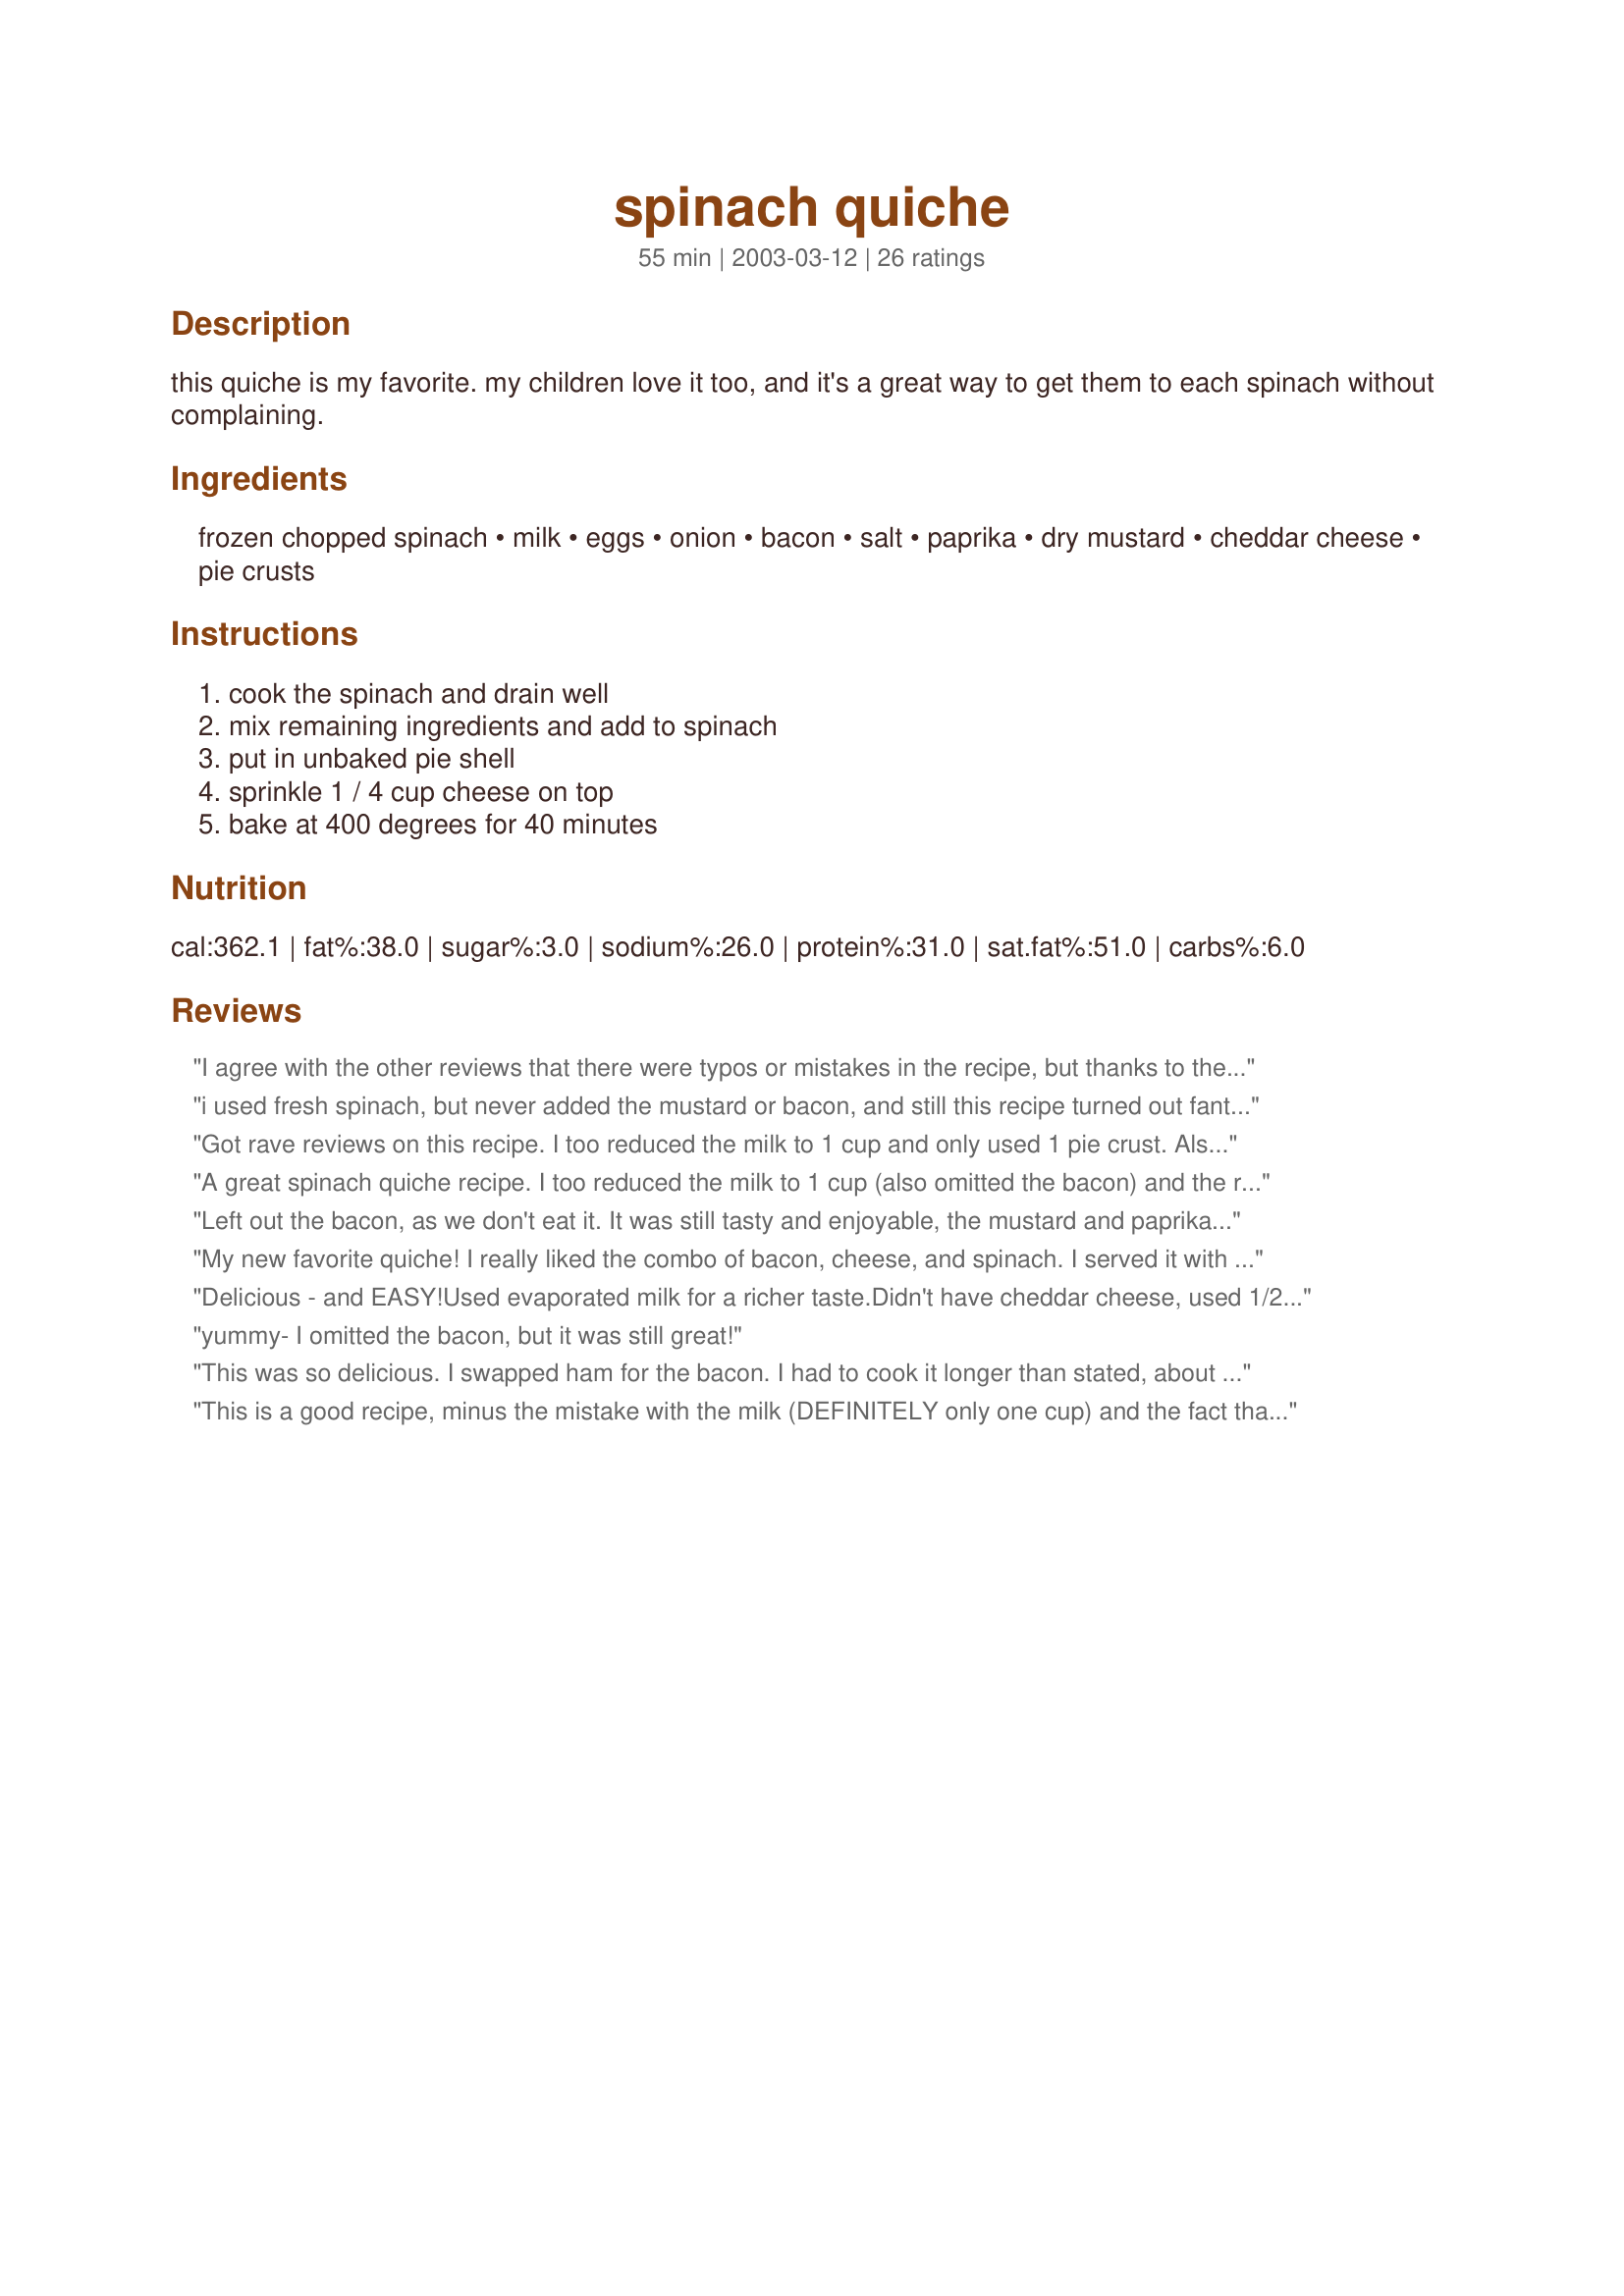
spinach quiche
Preparation time: 55 minutes

this quiche is my favorite. my children love it too, and it's a great way to get them to each spinach without complaining.

Ingredients:
frozen chopped spinach, milk, eggs, onion, bacon, salt, paprika, dry mustard, cheddar cheese, pie crusts

Steps:
cook the spinach and drain well, mix remaining ingredients and add to spinach, put in unbaked pie shell, sprinkle 1 / 4 cup cheese on top, bake at 400 degrees for 40 minutes

Reviews:
I agree with the other reviews that there were typos or mistakes in the recipe, but thanks to them, I caught it in time to make this recipe turn out great. I used medium cheddar for the filling, and sprinkled swiss cheese on top. It's simple and delicious, would make a great brunch. Just to be clear, you need one cup of milk instead of two, and this only fills one pie crust, not two.
i used fresh spinach, but never added the mustard or bacon, and still this recipe turned out fantastic, my 6 and 4 year old were both asking for more, which was suprising as they would never eat spinach before, so thank-you. will definatly be using this again.
Got rave reviews on this recipe. I too reduced the milk to 1 cup and only used 1 pie crust. Also, mixed 1/2 cup chedder with 1/2 cup mozzarella to cover the cheese ingredient. Did make sure I squeezed all water out of spinach and all turned out great! Kids who never eat spinach even ate it and loved!
A great spinach quiche recipe. I too reduced the milk to 1 cup (also omitted the bacon) and the recipe came out just fine. Thanks for posting, DJB! :)
Left out the bacon, as we don't eat it. It was still tasty and enjoyable, the mustard and paprika gave it a bit of zip.
My new favorite quiche! I really liked the combo of bacon, cheese, and spinach. I served it with a spinach salad and it made a great late night supper. I think it would be wonderful for a brunch, lunch, or breakfast as well. Instead of using all cheddar cheese, I did use mostly sharp cheddar and filled in with a little Swiss that I had left over. It did seem just a tad too salty though. That could be due to the type of cheese I used or maybe my bacon was too salty. Also, the crust did seem to brown a little too much but that may be due to my oven (which heats a little higher than it should). Next time I think I will use a mild cheddar, I&#039;ll set the oven at 375 and check it at 30 and 35 minutes.
Delicious - and EASY!<br/><br/>Used evaporated milk for a richer taste.<br/><br/>Didn't have cheddar cheese, used 1/2 mozzarella and 1/2 colby jack with about 1/4 C parmesan
yummy- I omitted the bacon, but it was still great!
This was so delicious. I swapped ham for the bacon. I had to cook it longer than stated, about 2o minutes more, and used fresh spinach. The flavor was wonderful. Thanks
This is a good recipe, minus the mistake with the milk (DEFINITELY only one cup) and the fact that it really fills in one pie crust. I accidentally left out the bacon, and it was still really good. Even my husband liked it, and he is a picky eater who hates onions and pretty much anything new. I would definitely suggest trying it! Very easy to make!
Very Good! I too made the adj. stated in other reviews,(Milk 1 cup not 2 & 1 pie shell only) & it worked perfectly. I used approx. 1/2 box frozen spinach & it was still a little too much for DD. Next time I will use fresh or even less of the frozen. I did enjoy it & I'm having leftovers for lunch today. Thanks
I made this for my son's election day breakfast for his classroom, and everyone loved it - students, teachers, and parents alike. I set the timer for 35 minutes because I like to check it, and it was done - brown even. I was afraid I had overcooked it, especially since I had to warm it up the next morning, but the texture was just right. My technique was a bit different - I put the bacon, onion, and cheese in the pie crust, then poured the egg mixture on top. This left the cheese poking through the top, so you really didn't need the extra on top. Also, I used a sharp cheddar, and I think I would cut back to 1/2 cup next time without missing it. Save the calories! I will definitely be making this again (in fact, I wish I had a pie crust, because I'd make it tonight :-)
I made this a day ahead for Christmas morning and it was a big hit! I doubled the recipe (minus 1/3 cup milk), only used 1 pkg of spinach and left out the bacon. I then baked it, let it sit for an hour and put it in the fridge. I just put it in the oven to reheat it a bit the next morning and it was delightful. Thanks DJB!
WOW! No more Safeway quiches for us! My 3-yo veggie-hater loves it too! I boosted the paprika to 1/2 tsp because less than that just doesn't have enough molecules to make a taste.
Came out creamy and delicious.
A simple recipe that turns out -- I used 1 cup milk as well - 
thanks
I used buttered flattened bread slices pre-baked as a crust, and subbed broccoli for spinach. Pulled back on the cheese to just a cup. Other than that, the same. 180C for 30 mins. Tasty, quick, easy. Thanks DJB.
I looked at several recipes but none appealed to me. THIS was the recipe I was looking for! I did not pre-cook the spinach - it cooks in the oven. I didn&#039;t have a few of the items so I made a some substitutes. Soy milk for the cow milk. Our soy milk can be a little sweet in recipes so I added a couple of tablespoons of nutritional yeast - weird stuff but useful. I didn&#039;t have any onion (odd, right?) so I used 3 - 4 green onions. My frozen pie shells were quite deep so I added 2 - 3 more eggs. The crust started to brown 15 minutes before the quiche was done so hubby turned down the oven to 340&deg;. They came out perfect. We are taking them camping over the 4th thus we &quot;had to&quot; taste test first tonight - very yummy. Imagine what they would have been like if I had all the listed ingredients! I was thinking of adding a few pieces of Morning Star vegetarian bacon but I couldn&#039;t find it in my mess of a freezer. Thank you DJB!
Based on other notes, I cut the milk in 1/2 to 1 cup. I also increased the eggs to 6 eggs vs. 4 eggs and it turned out perfectly. I think the recipe is intended to make 2 quiches perhaps?
This was great! My kids love quiche but I had never made one w/ spinach before (which they profess to hate unless it's fresh leaves). They gobbled up their first slices but caught on by the end and my younger son declined a second slice. None-the-less, this was a very good and healthy quiche. It looked so gorgeous when it was cooked - I've posted the photo.
I agree with everyone else adding 2 cups of milk would make it too soupy, I only added one and it filled one pie crust. It also took awhile to set
Excellent!! I will replace my old spinach quiche recipe with this one. I did not use the bacon, and the balance of ingredients and flavors was perfect. DH and kids loved it as well - thank you!
I loved this recipe. I was having some frends over for dinner so I doubled the recipe but only used 1 package of spinich. I also added green pepper, and 12 pieces of bacon instead of 8. It made 3 pies instead of 2 pies but they had great flavor, and great texture. I also topped them with thin slices of fresh tomatos from my garden.
Great recipe. This is the only Quiche recipe that I have found that doesn't call for cream of half and half. I had to bake mine a little longer, and forgot to stir in the remaining cheese. It still turned out great. I may try it with Swiss cheese next time.
I am not going to rate this recipe just make some comments. First, this quiche had exceptional flavor- one of the best tasting quiches I have ever made. My reservation with this recipe is the texture. No matter how long I baked this I couldn't get it to set properly. I notice from other reviews that other cooks had a similar problem with the cooking time.I also notice that the recipe called for twice the liquid than most quiches. Maybe that was the problem or maybe a typo? I am fairly certain that I squeezed all of the water out of the cooked spinach as was possible but I'm sure that water from the spinach contributed to the problem of too much liquid somewhat. I think this is a wonderful recipe and I will try it again because it is one well worth trying to tweak. I think I will reduce the milk to one cup and be sure the spinach is pressed very dry and cook at 350. I really do think it is a wonderful quiche it just needs some work.
I love this recipe! Although, there's a huge downside... the recommended time for this, is WAY too long. my crusts are burned, with 15min left on the clock. :( And that makes for an unhappy foodie.
Everything else is great though. I used canned spinach, drained well. And since I didn't have cheddar I used a combo of mozzarella and a super sharp Portuguese cheese. Also omitted bacon and mustard (didnt have any, and the inclusion of the sharp cheese was enough). And after seeing that others had issues with it setting, I added about 1 tablespoon of bisquick to the mixture. Seems to have helped!
I'm not a big breakfast food person, but I really liked this quiche. I followed the advice of others and cut the milk to 1 cup, and I also added 1/2 can of mushrooms. I really liked it, but my husband thought it was "just alright." Next time I might try adding sausage instead of bacon. Thanks for the recipe.
